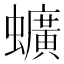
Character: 𫋧